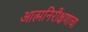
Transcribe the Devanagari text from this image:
आत्मनिरीक्षणाचा